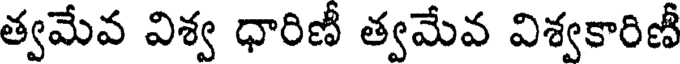
త్వమేవ విశ్వ ధారిణీ త్వమేవ విశ్వకారిణీ